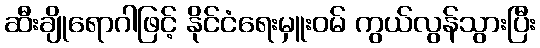
ဆီးချိုရောဂါဖြင့် နိုင်ငံရေးမှူးဝမ် ကွယ်လွန်သွားပြီး